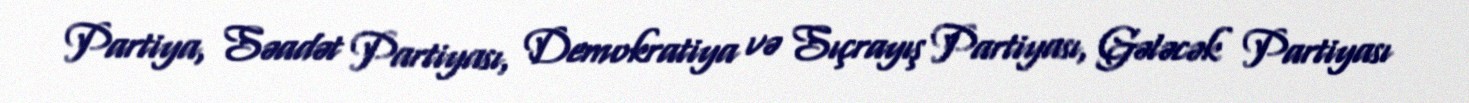
Partiya, Səadət Partiyası, Demokratiya və Sıçrayış Partiyası, Gələcək Partiyası